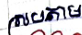
ស្របតាម